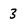
Character: 3